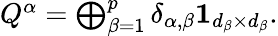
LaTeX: \begin{array}{r}{Q^{\alpha}=\bigoplus_{\beta=1}^{p}\delta_{\alpha,\beta}\boldsymbol{1}_{d_{\beta}\times d_{\beta}}.}\end{array}